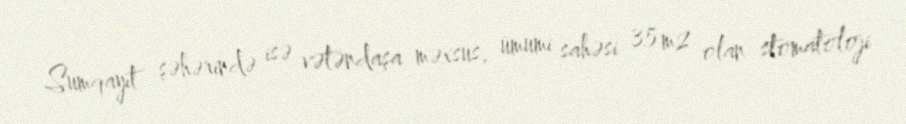
Sumqayıt şəhərində isə vətəndaşa məxsus, ümumi sahəsi 35 m2 olan stomatoloji